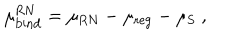
\mu _ { \mathrm { b i n d } } ^ { \mathrm { R N } } = \mu _ { \mathrm { R N } } - \mu _ { \mathrm { r e g } } - \mu _ { \mathrm { S } } \ ,